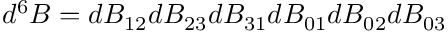
d ^ { 6 } B = d B _ { 1 2 } d B _ { 2 3 } d B _ { 3 1 } d B _ { 0 1 } d B _ { 0 2 } d B _ { 0 3 }